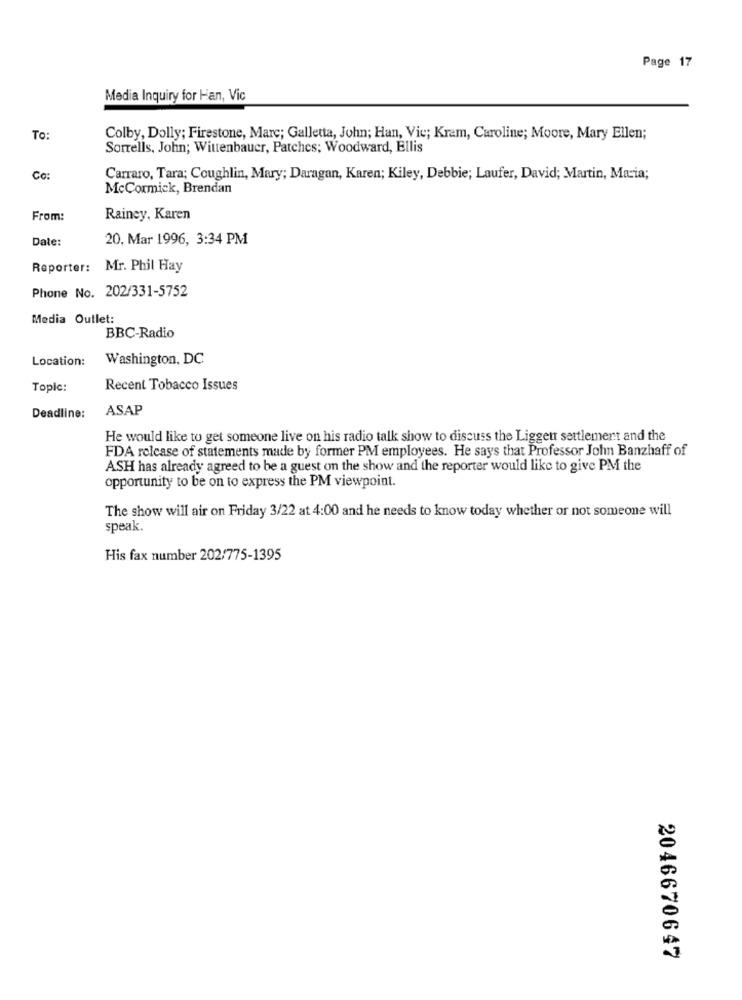
Page 17
Media Inquiry for Han, Vic
To:
Colby, Dolly; Firestone, Mare; Galletta, John; Han, Vie; Kram, Caroline; Moore, Mary Ellen;
Sorrells, John; Wittenbauer, Patches; Woodward, Ellis
Co:
Carraro, Tara; Coughlin, Mary; Daragan, Karen; Kiley, Debbie; Laufer, David; Martin, Maria;
McCormick, Brendan
From:
Rainey, Karen
Date:
20, Mar 1996, 3:34 PM
Reporter: Mr. Phil Hay
Phone No. 202/331-5752
Media Outlet:
BBC-Radio
Location:
Washington, DC
Topic:
Recent Tobacco Issues
ASAP
Deadline:
He would like to get someone live on his radio talk show to discuss the Liggen settlement and the
FDA release of statements made by former PM employees. He says that Professor John Banzhaff of
ASH has already agreed to be a guest on the show and the reporter would like to give PM the
opportunity to be on to express the PM viewpoint.
The show will air on Friday 3/22 at 4:00 and he needs to know today whether or not someone will
speak.
His fax number 202/775-1395
2046670647